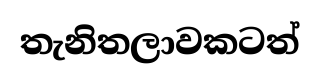
තැනිතලාවකටත්